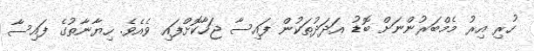
ހުރި އިރު މެމްބަރުންނަށް ބޮޑު އަދަދުތަކުން ފައިސާ ޖަހާކޮށްފައި ވެއެވެ. ހިޔާނާތުގެ ފައިސާ